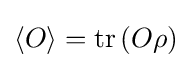
\langle O\rangle =\operatorname {tr} \left(O\rho \right)